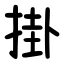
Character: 掛